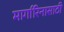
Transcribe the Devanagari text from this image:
मार्गारिनासाठी